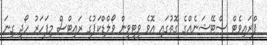
ޕްރައިވެޓް ސްޓޭޝަނެއްގެ ގޮތުގައި އޮވެ ވީޓީވީން ވޯލްޑްކަޕުގެ ރައިޓްސް މިފަހަރު ހޯދީ ގިނަ